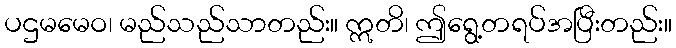
ပဌမမေဝ၊ မည်သည်သာတည်း။ ဣတိ၊ ဤရွေ့တရပ်အပြီးတည်း။